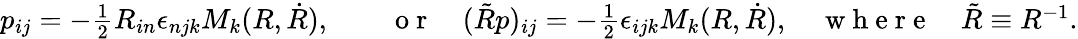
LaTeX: \begin{array}{r}{p_{ij}=-\frac 12R_{in}\epsilon_{njk}M_{k}(R,\dot{R}),\qquad\mathrm{~o~r~}\quad(\tilde{R}p)_{ij}=-\frac 12\epsilon_{ijk}M_{k}(R,\dot{R}),\quad\mathrm{~w~h~e~r~e~}\quad\tilde{R}\equiv R^{-1}.}\end{array}